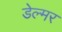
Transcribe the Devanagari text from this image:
डेल्मर